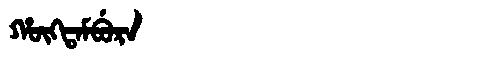
Manchu: ᡥᡡᡴᡨᠠᠮᠪᡠᡵᠠ
Romanization: HŪKTAMBURA